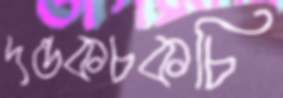
দন্তকচকচি